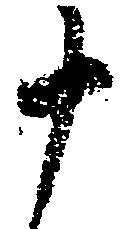
十